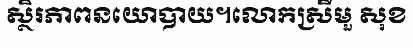
ស្ថិរភាពនយោបាយ។លោកស្រីមួ សុខ